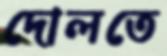
দোলতে